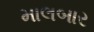
માલબાર